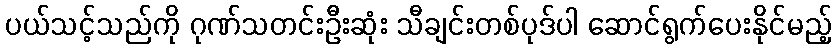
ပယ်သင့်သည်ကို ဂုဏ်သတင်းဦးဆုံး သီချင်းတစ်ပုဒ်ပါ ဆောင်ရွက်ပေးနိုင်မည့်